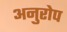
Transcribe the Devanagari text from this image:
अनुरोप